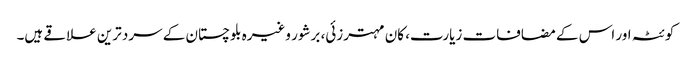
کوئٹہ اور اس کے مضافات زیارت، کان مہترزئی، برشور وغیرہ بلوچستان کے سرد ترین علاقے ہیں۔